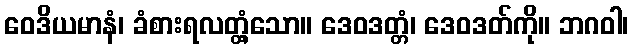
ဝေဒိယမာနံ၊ ခံစားရလတ္တံ့သော။ ဒေဝဒတ္တံ၊ ဒေဝဒတ်ကို။ ဘဂဝါ၊